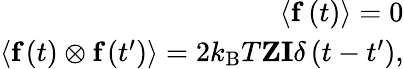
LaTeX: \begin{array}{r}{\langle\mathbf{f}\left(t\right)\rangle=0}\\ {\langle\textbf{f}\left(t\right)\otimes\textbf{f}\left(t^{\prime}\right)\rangle=2k_{\mathrm{B}}T\textbf{Z}\textbf{I}\delta\left(t-t^{\prime}\right),}\end{array}